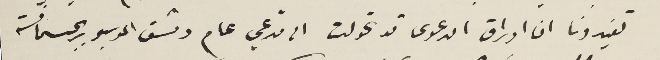
تفيدونا ان اوراق الدعوى قد تحولت الى مدعي عام دمشق الموسيو ريجسمانسة